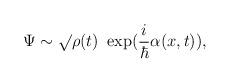
\begin{align*}\Psi \sim \surd \rho(t)~ \exp (\frac{i}{\hbar} \alpha(x,t)) ,\end{align*}